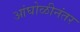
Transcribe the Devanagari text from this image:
आंघोळीनंतर